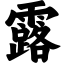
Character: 露